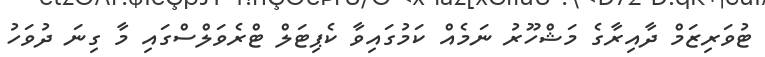
ޓުވަރިޒަމް ދާއިރާގެ މަޝްހޫރު ނަމެއް ކަމުގައިވާ ކެޕިޓަލް ޓްރެވަލްސްގައި މާ ގިނަ ދުވަހު